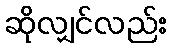
ဆိုလျှင်လည်း